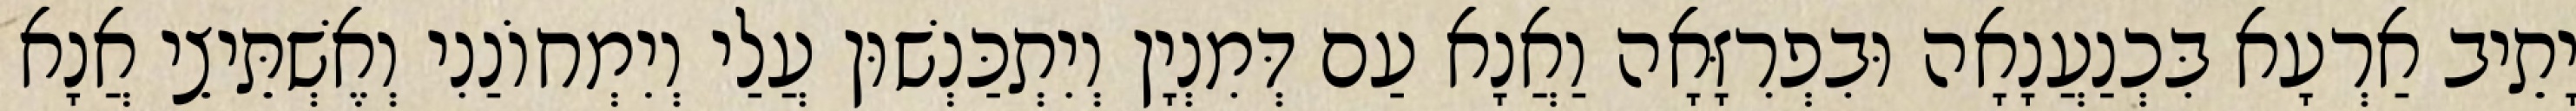
יָתֵיב אַרְעָא בִּכְנַעֲנָאָה וּבִפְרִזָּאָה וַאֲנָא עַם דְּמִנְיָן וְיִתְכַּנְשׁוּן עֲלַי וְיִמְחוֹנַנִי וְאֶשְׁתֵּיצֵי אֲנָא